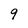
Character: 9